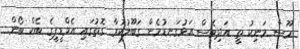
މޫސާ މަނިކު ތީ އަދިވެސް އަޅުގަނޑުމެން ގަބޫލުކުރާ ގޮތުގައި އެމްޑީޕީގެ ބެކް ބޯން